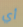
أي